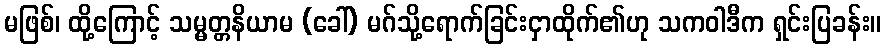
မဖြစ်၊ ထို့ကြောင့် သမ္မတ္တနိယာမ (ခေါ်) မဂ်သို့ရောက်ခြင်းငှာထိုက်၏ဟု သကဝါဒီက ရှင်းပြခန်း။